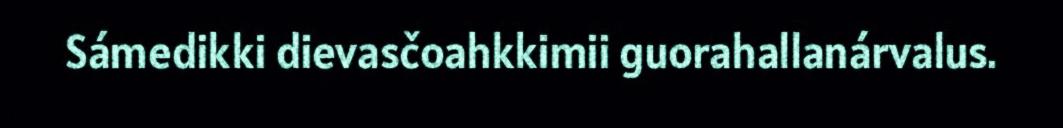
Sámedikki dievasčoahkkimii guorahallanárvalus.